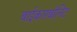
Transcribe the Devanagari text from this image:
बाईकारबोनिट